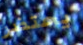
يحتضر